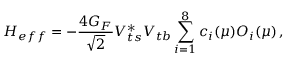
H _ { e f f } = - { \frac { 4 G _ { F } } { \sqrt 2 } } V _ { t s } ^ { * } V _ { t b } \sum _ { i = 1 } ^ { 8 } c _ { i } ( \mu ) O _ { i } ( \mu ) \, ,